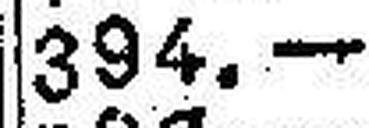
394.—